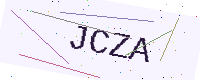
Text: JCZA